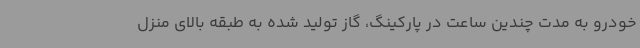
خودرو به مدت چندین ساعت در پارکینگ،‌ گاز تولید شده به طبقه بالای منزل